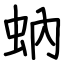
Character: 蚋